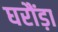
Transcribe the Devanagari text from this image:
घरौंड़ा